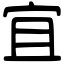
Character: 宜